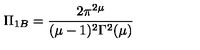
\Pi _ { 1 B } = \frac { 2 \pi ^ { 2 \mu } } { ( \mu - 1 ) ^ { 2 } \Gamma ^ { 2 } ( \mu ) }